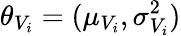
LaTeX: \theta_{V_{i}}=(\mu_{V_{i}},\sigma_{V_{i}}^{2})